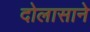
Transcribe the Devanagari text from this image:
दोलासाने